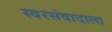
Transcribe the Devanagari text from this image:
स्वरसंवादाला